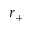
r _ { + }